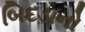
બિદડાનો